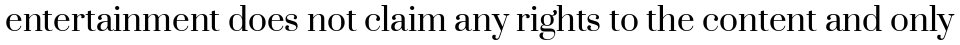
entertainment does not claim any rights to the content and only